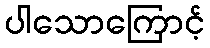
ပါသောကြောင့်